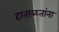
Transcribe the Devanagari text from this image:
हाताळतांना